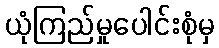
ယုံကြည်မှုပေါင်းစုံမှ